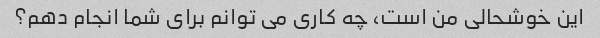
این خوشحالی من است، چه کاری می توانم برای شما انجام دهم؟